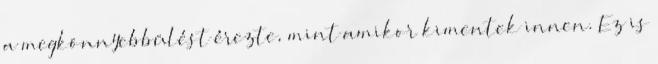
a megkönnyebbülést érezte, mint amikor kimentek innen. Ez is